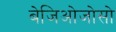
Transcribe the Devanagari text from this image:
बेजिओजोसो